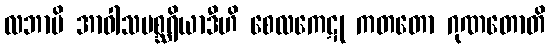
လဘာမိ အာဝါသမစ္ဆရိယာဒီဟိ စေလကေဋု ကတတော ဂုဏတောတိ